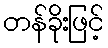
တန်ခိုးဖြင့်